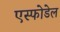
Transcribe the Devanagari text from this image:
एस्फोडेल